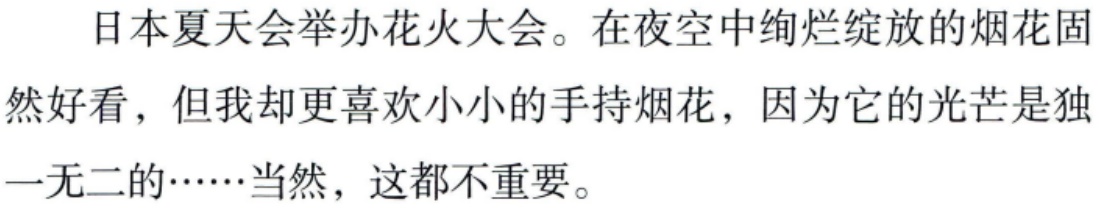
日本夏天会举办花火大会。在夜空中绚烂绽放的烟花固然好看，但我却更喜欢小小的手持烟花，因为它的光芒是独一无二的……当然，这都不重要。